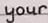
your